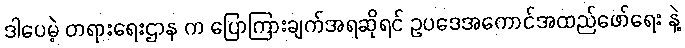
ဒါပေမဲ့ တရားရေးဌာန က ပြောကြားချက်အရဆိုရင် ဥပဒေအကောင်အထည်ဖော်ရေး နဲ့